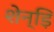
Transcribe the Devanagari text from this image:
शेन्ड़ि